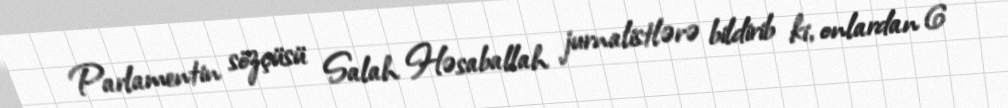
Parlamentin sözçüsü Salah Həsaballah jurnalistlərə bildirib ki, onlardan 6